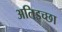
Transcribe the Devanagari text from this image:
अतिइच्छा